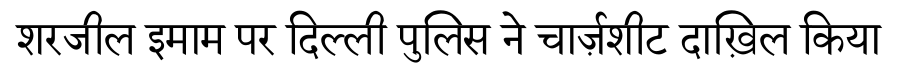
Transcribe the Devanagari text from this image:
शरजील इमाम पर दिल्ली पुलिस ने चार्ज़शीट दाख़िल किया